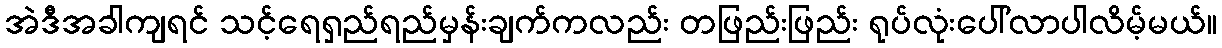
အဲဒီအခါကျရင် သင့်ရေရှည်ရည်မှန်းချက်ကလည်း တဖြည်းဖြည်း ရုပ်လုံးပေါ်လာပါလိမ့်မယ်။